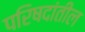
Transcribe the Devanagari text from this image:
परिषदांतील